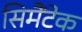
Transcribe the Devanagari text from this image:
सिमैंटेक